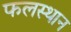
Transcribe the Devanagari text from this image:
फलस्थान